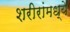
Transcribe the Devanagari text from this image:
शरीरांमध्ये